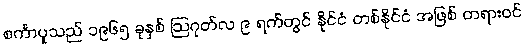
စင်္ကာပူသည် ၁၉၆၅ ခုနှစ် ဩဂုတ်လ ၉ ရက်တွင် နိုင်ငံ တစ်နိုင်ငံ အဖြစ် တရားဝင်